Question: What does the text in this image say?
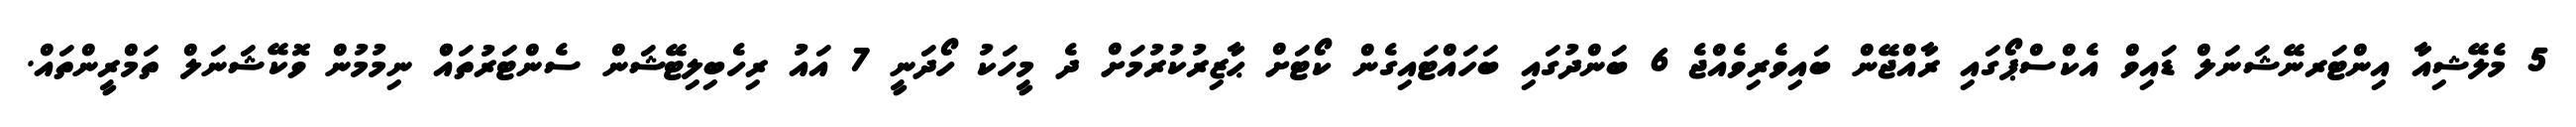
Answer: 5 މެލޭޝިއާ އިންޓަރނޭޝަނަލް ޑައިވް އެކްސްޕޯގައި ރާއްޖޭން ބައިވެރިވެއްޖެ 6 ބަންދުގައި ބަހައްޓައިގެން ކޯޓަށް ޙާޒިރުކުރުމަށް ދެ މީހަކު ހޯދަނީ 7 އައު ރިހެބިލިޓޭޝަން ސެންޓަރުތައްް ނިމުމުން ވޮކޭޝަނަލް ތަމްރީންތައް.